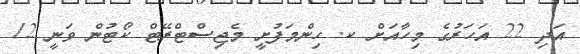
އަދި 22 އަހަރުގެ މިހާއަށް ކ. ހިންމަފުށީ މެޖިސްޓްރޭޓް ކޯޓުން ވަނީ 12